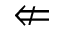
\nLeftarrow